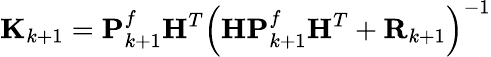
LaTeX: \mathbf{K}_{k+1}=\mathbf{P}_{k+1}^{f}\mathbf{H}^{T}\left(\mathbf{H}\mathbf{P}_{k+1}^{f}\mathbf{H}^{T}+\mathbf{R}_{k+1}\right)^{-1}